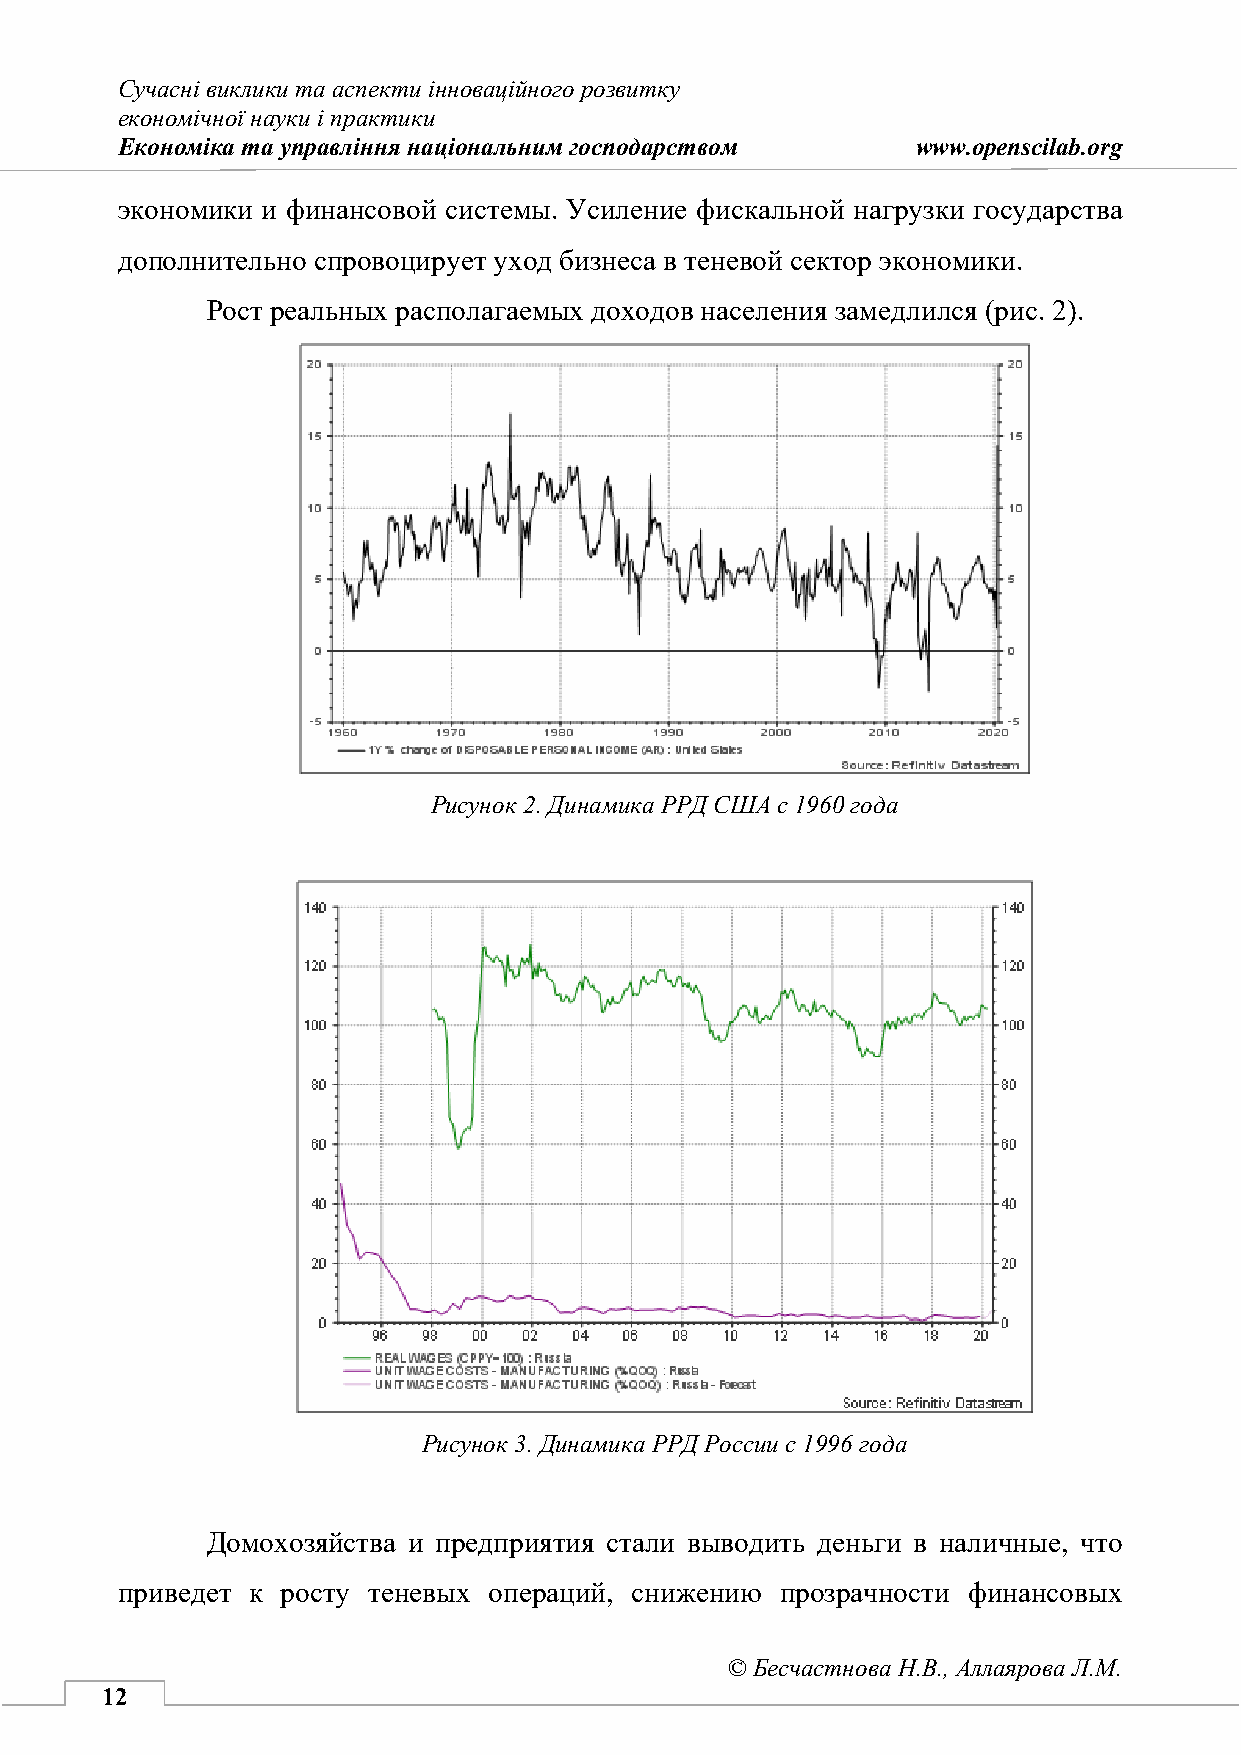
Сучасні виклики та аспекти інноваційного розвитку
 економічної науки і практики
 Економіка та управління національним господарством   www.openscilab.org
 экономики и финансовой системы. Усиление фискальной нагрузки государства
 дополнительно спровоцирует уход бизнеса в теневой сектор экономики.
 Рост реальных располагаемых доходов населения замедлился (рис. 2).
 Рисунок 2. Динамика РРД США с 1960 года
 Рисунок 3. Динамика РРД России с 1996 года
 Домохозяйства и предприятия стали выводить деньги в наличные, что
 приведет к росту теневых операций, снижению прозрачности финансовых
 © Бесчастнова Н.В., Аллаярова Л.М.
 12